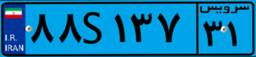
۸۹S۱۶۸۱۵